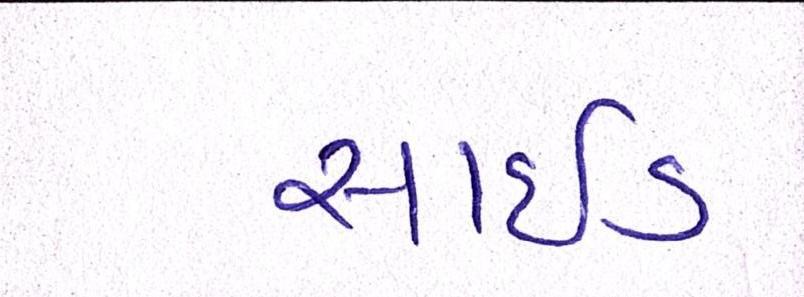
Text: સાઈડ